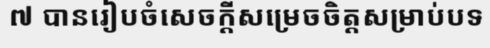
៧ បានរៀបចំសេចក្តីសម្រេចចិត្តសម្រាប់បទ